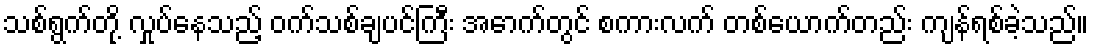
သစ်ရွက်တို့ လှုပ်နေသည့် ဝက်သစ်ချပင်ကြီး အောက်တွင် စကားလက် တစ်ယောက်တည်း ကျန်ရစ်ခဲ့သည်။